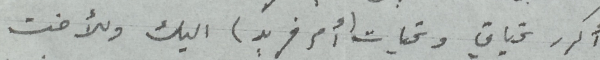
أكرر تحياتي وتحيات (أم فريد) اليك وللأخت